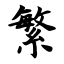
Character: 繁